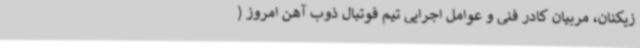
زیکنان، مربیان کادر فنی و عوامل اجرایی تیم فوتبال ذوب آهن امروز (